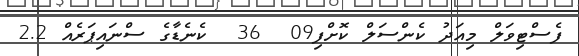
ފެސްޓިވަލް މިއަދު ކެންސަލް ކޮށްފި09  36  ކެނެޑާގެ ސްނައިޕަރެއް 2.2